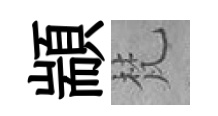
顓梵